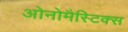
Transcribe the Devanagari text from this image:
ओनोमैस्टिक्स